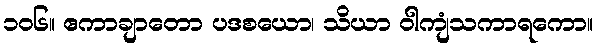
၁၀၆။ ဧကာချာတော ပဒစယော၊ သိယာ ဝါကျံသကာရကော။